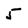
Character: 5